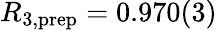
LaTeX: R_{3,\mathrm{prep}}=0.970(3)